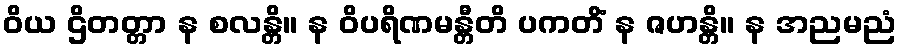
ဝိယ ဌိတတ္တာ န စလန္တိ။ န ဝိပရိဏမန္တီတိ ပကတိံ န ဇဟန္တိ။ န အညမညံ